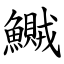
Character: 鱡